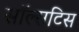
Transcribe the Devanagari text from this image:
सॉल्सटिस